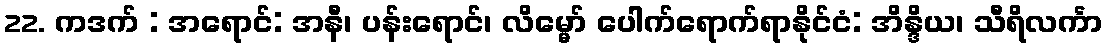
22. ကဒက် : အရောင်: အနီ၊ ပန်းရောင်၊ လိမ္မော် ပေါက်ရောက်ရာနိုင်ငံ: အိန္ဒိယ၊ သီရိလင်္ကာ